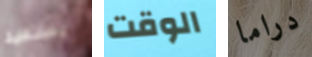
يستعيد الوقت دراما